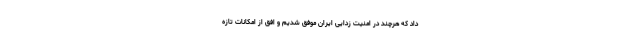
داد که هرچند در امنیت زدایی ایران موفق شدیم و افق از امکانات تازه